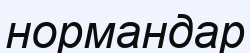
нормандар